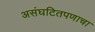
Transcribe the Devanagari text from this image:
असंघटितपणाचा